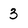
Character: 3